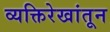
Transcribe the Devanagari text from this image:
व्यक्तिरेखांतून